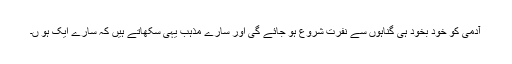
آدمی کو خود بخود ہی گناہوں سے نفرت شروع ہو جائے گی اور سارے مذہب یہی سکھاتے ہیں کہ سارے ایک ہو ں۔